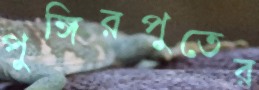
পুঙ্গিরপুতের